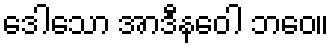
ဒေါသော အာဒီနဝေါ ဘဝေ။